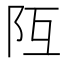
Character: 𨸧